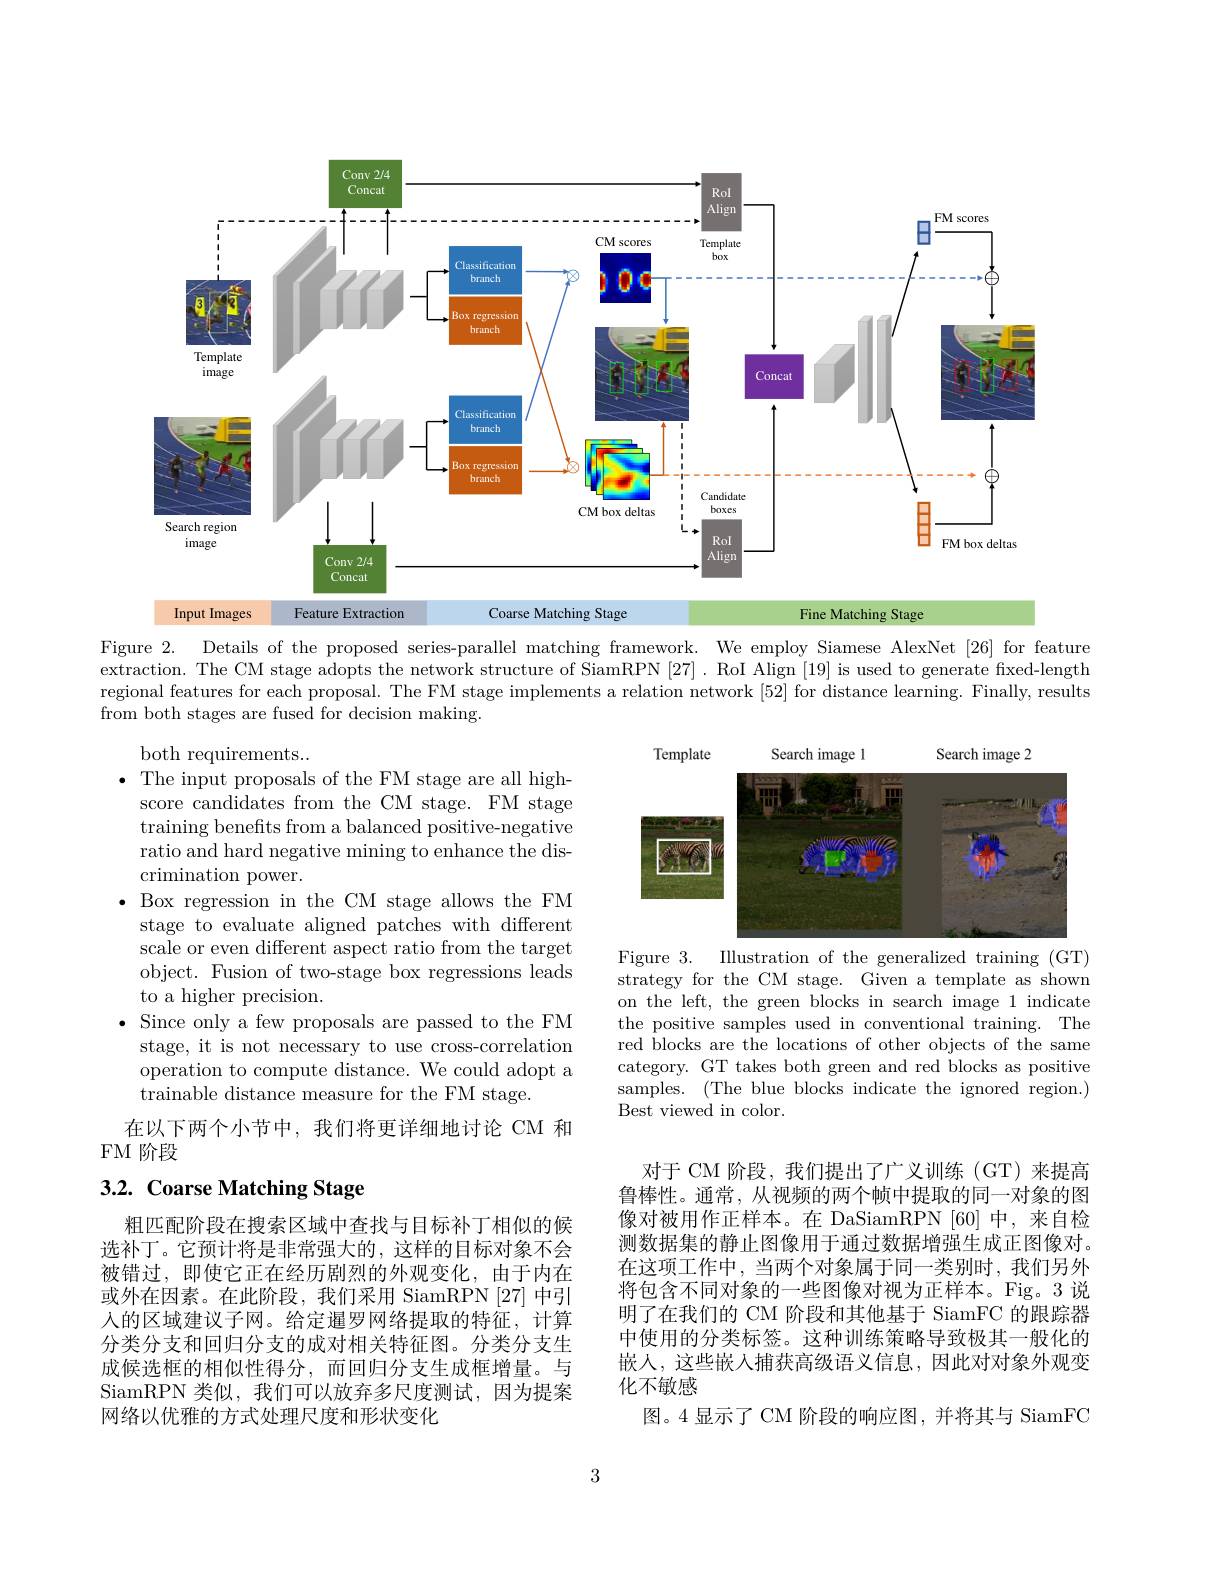
<FigureHere>
Figure 2. Details of the proposed series-parallel matching framework. We employ Siamese AlexNet [26] for feature

extraction. The CM stage adopts the network structure of SiamRPN [27]. RoI Align [19] is used to generate fixed-length regional features for each proposal. The FM stage implements a relation network [52] for distance learning. Finally, results from both stages are fused for decision making.

<FigureHere>
Figure 3. Illustration of the generalized training (GT)

both requirements...
$\bullet$ The input proposals of the FM stage are all high-
score candidates from the CM stage. FM stage training benefits from a balanced positive-negative ratio and hard negative mining to enhance the discrimination power.
$\bullet$ Box regression in the CM stage allows the FM
stage to evaluate aligned patches with different scale or even different aspect ratio from the target object. Fusion of two-stage box regressions leads to a higher precision.
$\bullet$ Since only a few proposals are passed to the FM stage, it is not necessary to use cross-correlation operation to compute distance. We could adopt a trainable distance measure for the FM stage.
在以下两个小节中，我们将更详细地讨论 CM 和
FM 阶段

strategy for the CM stage. Given a template as shown on the left, the green blocks in search image 1 indicate the positive samples used in conventional training. The red blocks are the locations of other objects of the same category. GT takes both green and red blocks as positive samples. (The blue blocks indicate the ignored region.) Best viewed in color.

# 3.2. Coarse Matching Stage

对于 CM 阶段，我们提出了广义训练 (GT)来提高鲁棒性。通常，从视频的两个帧中提取的同一对象的图像对被用作正样本。在 DaSiamRPN [60] 中，来自检测数据集的静止图像用于通过数据增强生成正图像对。在这项工作中，当两个对象属于同一类别时，我们另外将包含不同对象的一些图像对视为正样本。Fig。3说明了在我们的 CM 阶段和其他基于 SiamFC 的跟踪器中使用的分类标签。这种训练策略导致极其一般化的嵌人，这些嵌入捕获高级语义信息，因此对对象外观变化不敏感
图。4 显示了 CM 阶段的响应图，并将其与 SiamFC

粗匹配阶段在搜索区域中查找与目标补丁相似的候选补丁。它预计将是非常强大的，这样的目标对象不会被错过，即使它正在经历剧烈的外观变化，由于内在或外在因素。在此阶段，我们采用 SiamRPN [27] 中引入的区域建议子网。给定暹罗网络提取的特征，计算分类分支和回归分支的成对相关特征图。分类分支生成候选框的相似性得分，而回归分支生成框增量。与SiamRPN 类似，我们可以放弃多尺度测试，因为提案网络以优雅的方式处理尺度和形状变化

3